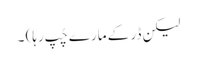
لیکن ڈر کے مارے چُپ رہا) ۔